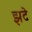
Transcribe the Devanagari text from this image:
झटे